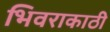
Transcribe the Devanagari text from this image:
भिवराकाठी